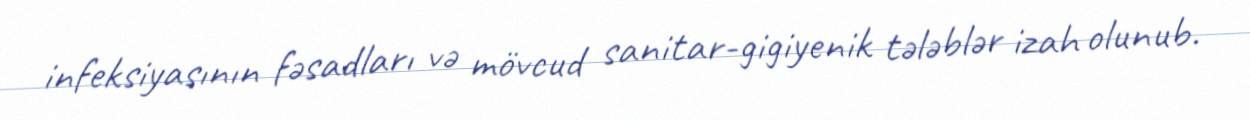
infeksiyasının fəsadları və mövcud sanitar-gigiyenik tələblər izah olunub.